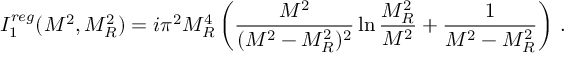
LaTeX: I _ { 1 } ^ { r e g } ( M ^ { 2 } , M _ { R } ^ { 2 } ) = i \pi ^ { 2 } M _ { R } ^ { 4 } \left( \frac { M ^ { 2 } } { ( M ^ { 2 } - M _ { R } ^ { 2 } ) ^ { 2 } } \ln \frac { M _ { R } ^ { 2 } } { M ^ { 2 } } + \frac { 1 } { M ^ { 2 } - M _ { R } ^ { 2 } } \right) \, .